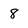
Character: 8